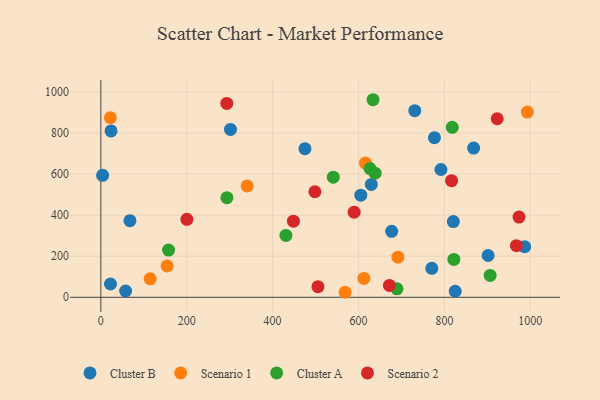
{"axis": {"x": "Distance", "y": "Profit"}, "legend": ["Cluster A", "Cluster B", "Scenario 1", "Scenario 2"], "data": [{"x": "57.7", "y": 30.7, "type": "Cluster B"}, {"x": "629.8", "y": 549.3, "type": "Cluster B"}, {"x": "677.3", "y": 320.9, "type": "Cluster B"}, {"x": "4.2", "y": 593.8, "type": "Cluster B"}, {"x": "776.8", "y": 776.9, "type": "Cluster B"}, {"x": "770.7", "y": 141.1, "type": "Cluster B"}, {"x": "901.8", "y": 203.4, "type": "Cluster B"}, {"x": "605.4", "y": 497.3, "type": "Cluster B"}, {"x": "731.0", "y": 908.3, "type": "Cluster B"}, {"x": "791.9", "y": 622.1, "type": "Cluster B"}, {"x": "23.8", "y": 809.8, "type": "Cluster B"}, {"x": "22.5", "y": 64.6, "type": "Cluster B"}, {"x": "67.8", "y": 372.7, "type": "Cluster B"}, {"x": "986.9", "y": 246.5, "type": "Cluster B"}, {"x": "820.8", "y": 368.7, "type": "Cluster B"}, {"x": "825.2", "y": 29.4, "type": "Cluster B"}, {"x": "868.1", "y": 726.3, "type": "Cluster B"}, {"x": "475.3", "y": 723.5, "type": "Cluster B"}, {"x": "301.9", "y": 817.1, "type": "Cluster B"}, {"x": "568.8", "y": 24.4, "type": "Scenario 1"}, {"x": "691.8", "y": 195.2, "type": "Scenario 1"}, {"x": "340.7", "y": 542.0, "type": "Scenario 1"}, {"x": "993.2", "y": 901.8, "type": "Scenario 1"}, {"x": "616.1", "y": 653.1, "type": "Scenario 1"}, {"x": "612.5", "y": 91.6, "type": "Scenario 1"}, {"x": "22.2", "y": 873.9, "type": "Scenario 1"}, {"x": "154.3", "y": 152.5, "type": "Scenario 1"}, {"x": "114.8", "y": 89.8, "type": "Scenario 1"}, {"x": "818.3", "y": 827.2, "type": "Cluster A"}, {"x": "638.7", "y": 604.4, "type": "Cluster A"}, {"x": "906.5", "y": 106.5, "type": "Cluster A"}, {"x": "431.0", "y": 301.1, "type": "Cluster A"}, {"x": "626.9", "y": 626.7, "type": "Cluster A"}, {"x": "157.7", "y": 229.8, "type": "Cluster A"}, {"x": "633.8", "y": 961.7, "type": "Cluster A"}, {"x": "541.3", "y": 584.8, "type": "Cluster A"}, {"x": "293.6", "y": 484.9, "type": "Cluster A"}, {"x": "689.6", "y": 41.3, "type": "Cluster A"}, {"x": "822.0", "y": 184.2, "type": "Cluster A"}, {"x": "967.7", "y": 251.3, "type": "Scenario 2"}, {"x": "200.4", "y": 379.4, "type": "Scenario 2"}, {"x": "498.5", "y": 513.7, "type": "Scenario 2"}, {"x": "922.9", "y": 869.1, "type": "Scenario 2"}, {"x": "816.7", "y": 567.6, "type": "Scenario 2"}, {"x": "671.9", "y": 57.7, "type": "Scenario 2"}, {"x": "505.5", "y": 51.7, "type": "Scenario 2"}, {"x": "589.8", "y": 414.3, "type": "Scenario 2"}, {"x": "448.5", "y": 370.5, "type": "Scenario 2"}, {"x": "293.3", "y": 943.9, "type": "Scenario 2"}, {"x": "973.7", "y": 390.6, "type": "Scenario 2"}]}